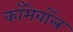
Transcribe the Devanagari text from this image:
काँमेबॉल